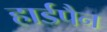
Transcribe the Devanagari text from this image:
हार्डपैन